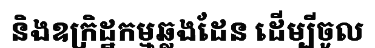
និងឧក្រិដ្ឋកម្មឆ្លងដែន ដើម្បីចូល